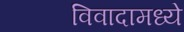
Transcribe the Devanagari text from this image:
विवादामध्ये